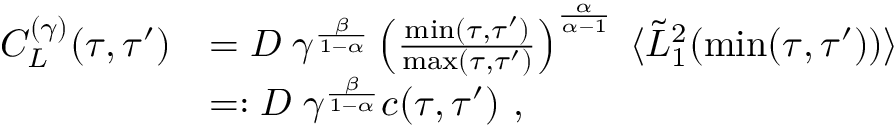
\begin{array} { r l } { C _ { L } ^ { ( \gamma ) } ( \tau , \tau ^ { \prime } ) } & { = D \; \gamma ^ { \frac { \beta } { 1 - \alpha } } \left( \frac { \operatorname* { m i n } ( \tau , \tau ^ { \prime } ) } { \operatorname* { m a x } ( \tau , \tau ^ { \prime } ) } \right) ^ { \frac { \alpha } { \alpha - 1 } } \; \langle \tilde { L } _ { 1 } ^ { 2 } ( \operatorname* { m i n } ( \tau , \tau ^ { \prime } ) ) \rangle } \\ & { = : D \; \gamma ^ { \frac { \beta } { 1 - \alpha } } c ( \tau , \tau ^ { \prime } ) \ , } \end{array}